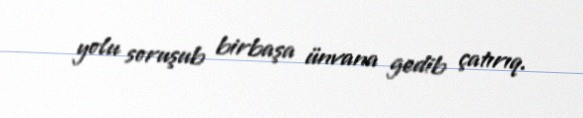
yolu soruşub birbaşa ünvana gedib çatırıq.